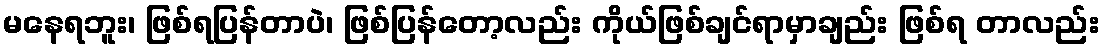
မနေရဘူး၊ ဖြစ်ရပြန်တာပဲ၊ ဖြစ်ပြန်တော့လည်း ကိုယ်ဖြစ်ချင်ရာမှာချည်း ဖြစ်ရ တာလည်း